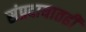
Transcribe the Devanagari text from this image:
संप्रदायातही